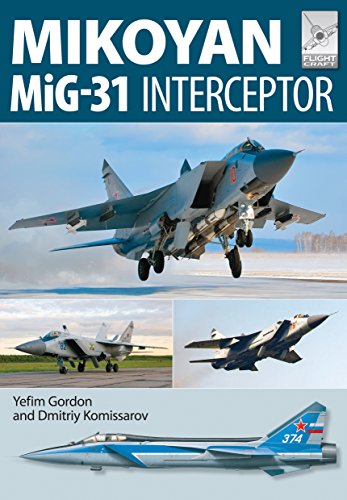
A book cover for Flight Craft 8- Mikoyan MiG-31: Defender of the Homeland; Yefim Gordon; History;